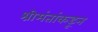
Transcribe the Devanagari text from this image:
श्रीमंतांकडून